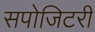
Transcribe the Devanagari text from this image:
सपोजिटरी